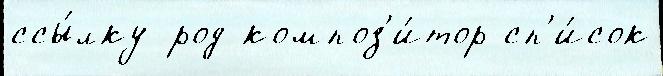
ссы́лку род композ'и́тор сп'и́сок